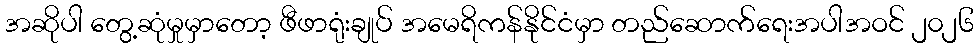
အဆိုပါ တွေ့ဆုံမှုမှာတော့ ဖီဖာရုံးချုပ် အမေရိကန်နိုင်ငံမှာ တည်ဆောက်ရေးအပါအဝင် ၂၀၂၆